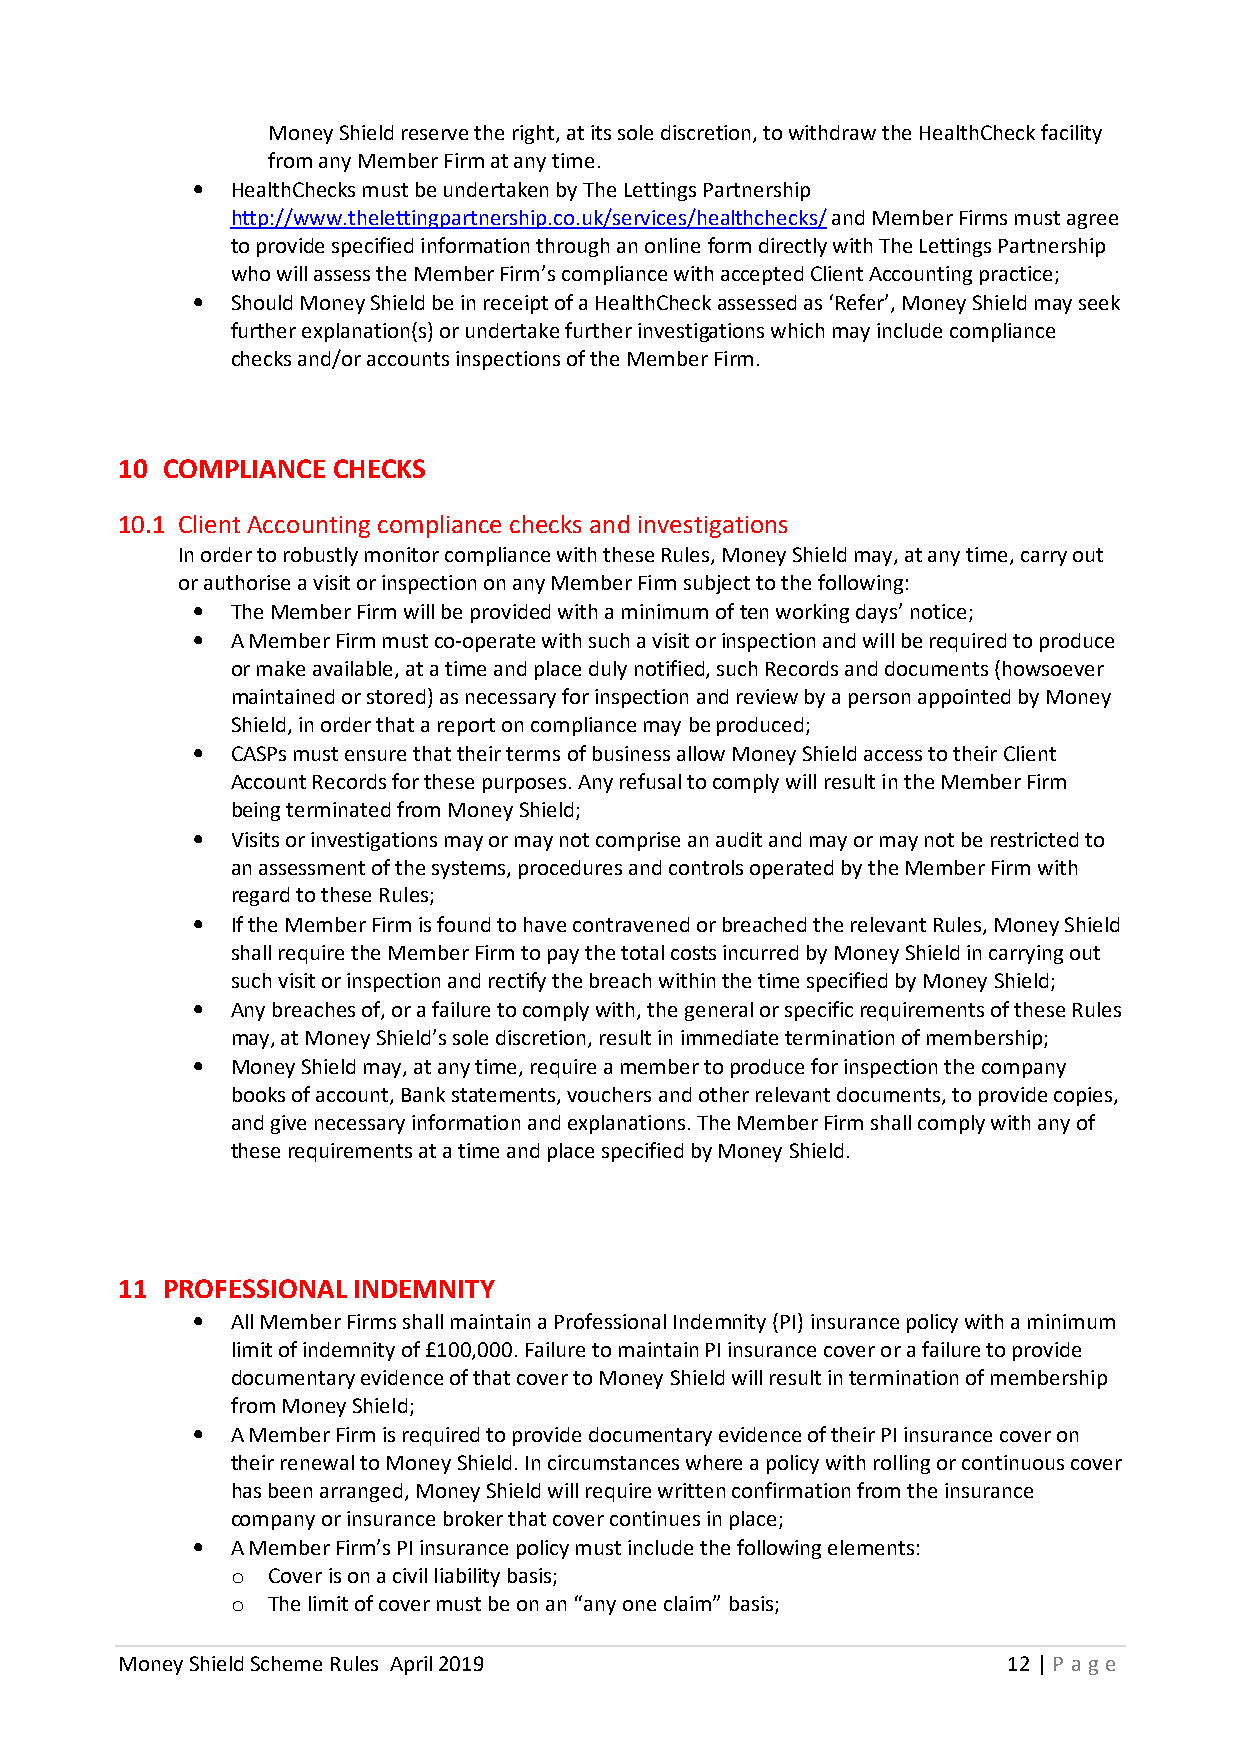
Money Shield reserve the right, at its sole discretion, to withdraw the HealthCheck facility
 from any Member Firm at any time.
 • HealthChecks must be undertaken by The Lettings Partnership
 http://www.thelettingpartnership.co.uk/services/healthchecks/ and Member Firms must agree
 to provide specified information through an online form directly with The Lettings Partnership
 who will assess the Member Firm’s compliance with accepted Client Accounting practice;
 • Should Money Shield be in receipt of a HealthCheck assessed as ‘Refer’, Money Shield may seek
 further explanation(s) or undertake further investigations which may include compliance
 checks and/or accounts inspections of the Member Firm.
 10 COMPLIANCE CHECKS
 10.1 Client Accounting compliance checks and investigations
 In order to robustly monitor compliance with these Rules, Money Shield may, at any time, carry out
 or authorise a visit or inspection on any Member Firm subject to the following:
 • The Member Firm will be provided with a minimum of ten working days’ notice;
 • A Member Firm must co-operate with such a visit or inspection and will be required to produce
 or make available, at a time and place duly notified, such Records and documents (howsoever
 maintained or stored) as necessary for inspection and review by a person appointed by Money
 Shield, in order that a report on compliance may be produced;
 • CASPs must ensure that their terms of business allow Money Shield access to their Client
 Account Records for these purposes. Any refusal to comply will result in the Member Firm
 being terminated from Money Shield;
 • Visits or investigations may or may not comprise an audit and may or may not be restricted to
 an assessment of the systems, procedures and controls operated by the Member Firm with
 regard to these Rules;
 • If the Member Firm is found to have contravened or breached the relevant Rules, Money Shield
 shall require the Member Firm to pay the total costs incurred by Money Shield in carrying out
 such visit or inspection and rectify the breach within the time specified by Money Shield;
 • Any breaches of, or a failure to comply with, the general or specific requirements of these Rules
 may, at Money Shield’s sole discretion, result in immediate termination of membership;
 • Money Shield may, at any time, require a member to produce for inspection the company
 books of account, Bank statements, vouchers and other relevant documents, to provide copies,
 and give necessary information and explanations. The Member Firm shall comply with any of
 these requirements at a time and place specified by Money Shield.
 11 PROFESSIONAL INDEMNITY
 • All Member Firms shall maintain a Professional Indemnity (PI) insurance policy with a minimum
 limit of indemnity of £100,000. Failure to maintain PI insurance cover or a failure to provide
 documentary evidence of that cover to Money Shield will result in termination of membership
 from Money Shield;
 • A Member Firm is required to provide documentary evidence of their PI insurance cover on
 their renewal to Money Shield. In circumstances where a policy with rolling or continuous cover
 has been arranged, Money Shield will require written confirmation from the insurance
 company or insurance broker that cover continues in place;
 • A Member Firm’s PI insurance policy must include the following elements:
 o  Cover is on a civil liability basis;
 o  The limit of cover must be on an “any one claim” basis;
 Money Shield Scheme Rules April 2019                       12 | P age